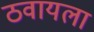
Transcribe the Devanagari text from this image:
ठवायला